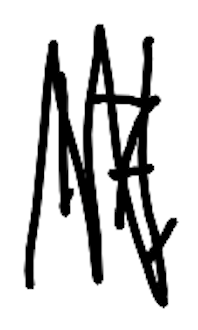
Text: 17,
Cross-out: zig-zag
Writing tool: digital_black